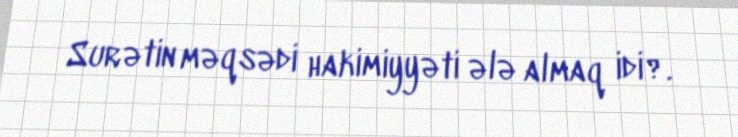
Surətin məqsədi hakimiyyəti ələ almaq idi?.